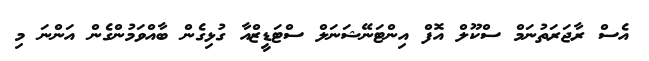
އެސް ރާޖަރަތުނަމް ސްކޫލް އޮފް އިންޓަނޭޝަނަލް ސްޓަޑީޒްއާ ގުޅިގެން ބާއްވަމުންގެން އަންނަ މި